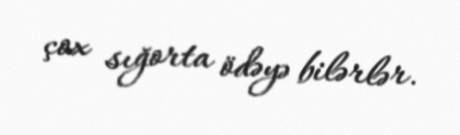
çox sığorta ödəyə bilərlər.